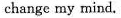
change my mind.